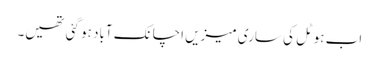
اب ہوٹل کی ساری میزیں اچانک آباد ہو گئی تھیں۔